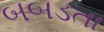
બબડતા